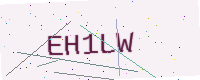
Text: EH1LW